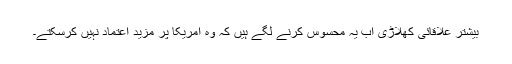
بیشتر علاقائی کھلاڑی اب یہ محسوس کرنے لگے ہیں کہ وہ امریکا پر مزید اعتماد نہیں کرسکتے۔